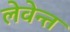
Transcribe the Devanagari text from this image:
लेवेन्त